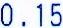
0.15